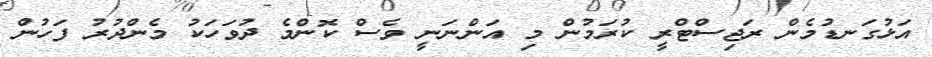
އަޅުގަނޑުމެން ރަޖިސްޓްރީ ކުރަމުން މި އަންނަނީ ވެސް ކޮންމެ ދުވަހަކު މެންދުރު ފަހުން